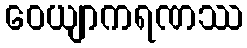
ဝေယျာကရဏဿ